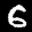
Label: 6